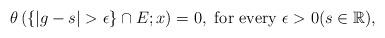
LaTeX: \begin{align*}\theta \left( \{ |g-s | > \epsilon \} \cap E ; x \right)=0, \mbox{ for every } \epsilon >0 (s \in \mathbb{R}),\end{align*}